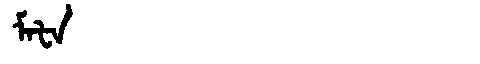
Manchu: ᠮᠠᡶᠠ
Romanization: MAFA